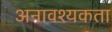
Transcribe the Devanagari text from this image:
अनावश्यकता